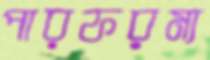
পারফরম্য